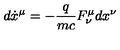
d \dot { x } ^ { \mu } = - \frac { q } { m c } F _ { \nu } ^ { \mu } d { x } ^ { \nu }